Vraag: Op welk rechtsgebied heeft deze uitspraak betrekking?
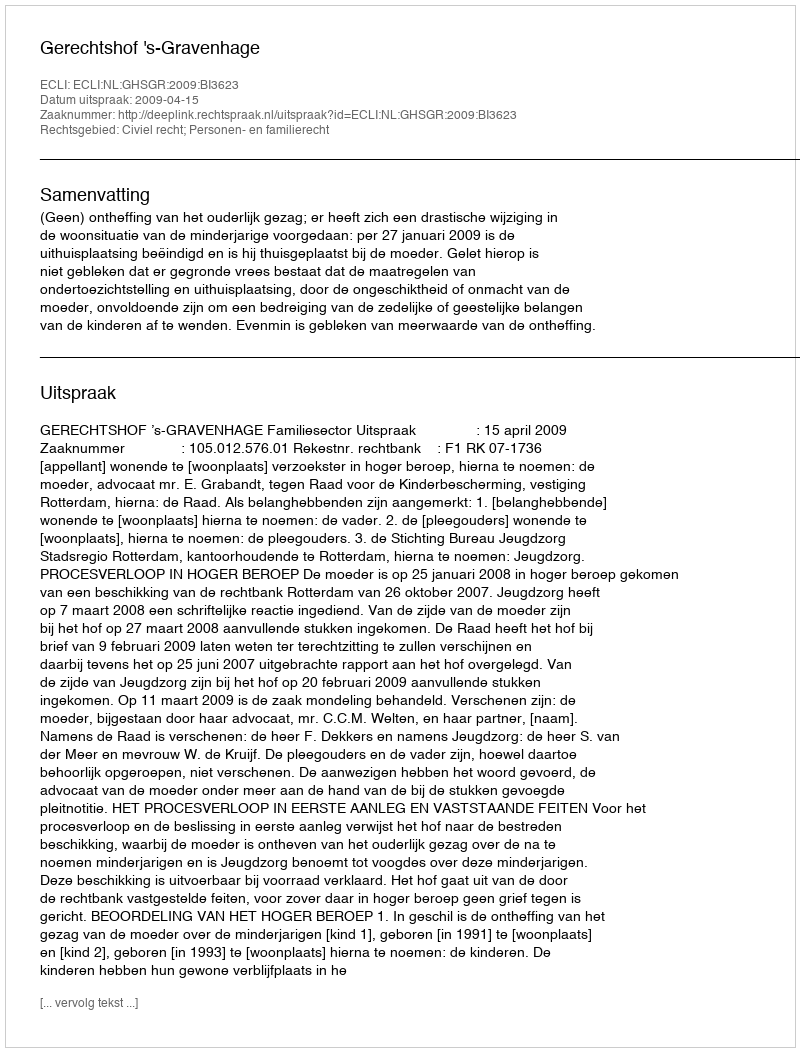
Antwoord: Civiel recht; Personen- en familierecht